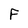
Character: F